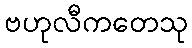
ဗဟုလီကတေသု